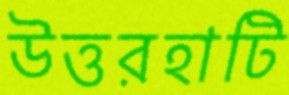
উত্তরহাটি